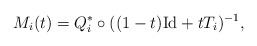
\begin{align*}M_i(t) = Q^*_i \circ ((1-t) \mathrm{Id} + t T_i)^{-1}, \end{align*}